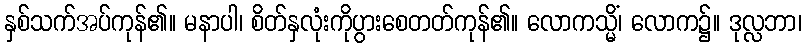
နှစ်သက်အပ်ကုန်၏။ မနာပါ၊ စိတ်နှလုံးကိုပွားစေတတ်ကုန်၏။ လောကသ္မိံ၊ လောက၌။ ဒုလ္လဘာ၊